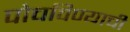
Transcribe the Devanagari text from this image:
पोचविण्याची